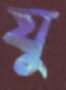
যু